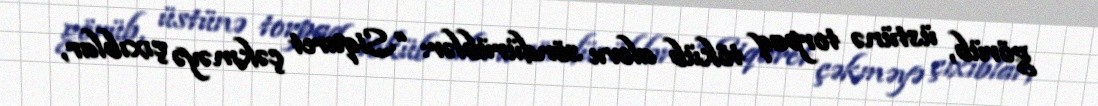
görüb, üstünə torpaq töküb alovu söndürüblər: “Siqaret çəkməyə çıxıblar,